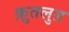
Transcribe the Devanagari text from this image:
क़ुतलुग़